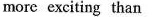
more exciting than